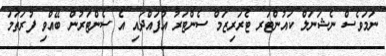
ނަމަވެސް ނެޝަނަލް ކައުންޓަރ ޓެރަރިޒަމް ސެންޓަރު އުފައްދައި އެ ސެންޓަރުން ބޭއްވި ފުރަތަމަ